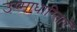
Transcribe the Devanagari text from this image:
उष्माधारिताएँ